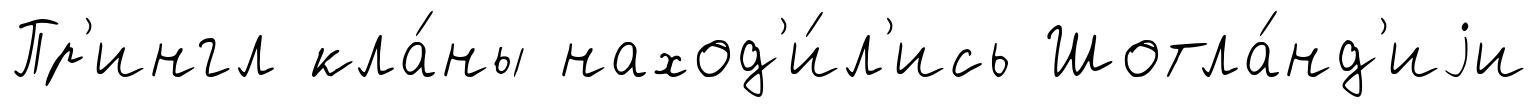
Пр'ингл кла́ны наход'и́л'ись Шотла́нд'иjи